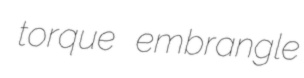
torque embrangle